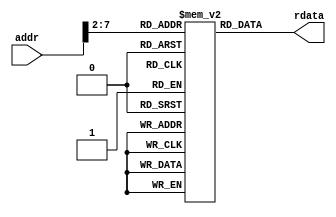
module imem (
    input  [ 7 : 0] addr,  // byte address
    output [31 : 0] rdata  // read data
);

    reg [31 : 0] RAM [63 : 0]/* verilator public */;

    initial // put the machine code of the program here.
    begin
        RAM[0]  = 32'h00000000; RAM[1]  = 32'h00000000;
        RAM[2]  = 32'h00000000; RAM[3]  = 32'h00000000;
        RAM[4]  = 32'h00000000; RAM[5]  = 32'h00000000;
        RAM[6]  = 32'h00000000; RAM[7]  = 32'h00000000;
        RAM[8]  = 32'h00000000; RAM[9]  = 32'h00000000; 
        RAM[10] = 32'h00000000; RAM[11] = 32'h00000000; 
        RAM[12] = 32'h00000000; RAM[13] = 32'h00000000;
        RAM[14] = 32'h00000000; RAM[15] = 32'h00000000;
        RAM[16] = 32'h00000000; RAM[17] = 32'h00000000;
        RAM[18] = 32'h00000000; RAM[19] = 32'h00000000;
        RAM[20] = 32'h00000000; RAM[21] = 32'h00000000;
        RAM[22] = 32'h00000000; RAM[23] = 32'h00000000;
        RAM[24] = 32'h00000000; RAM[25] = 32'h00000000;
        RAM[26] = 32'h00000000; RAM[27] = 32'h00000000;
        RAM[28] = 32'h00000000; RAM[29] = 32'h00000000;
        RAM[30] = 32'h00000000; RAM[31] = 32'h00000000;
        RAM[32] = 32'h00000000; RAM[33] = 32'h00000000;
        RAM[34] = 32'h00000000; RAM[35] = 32'h00000000;
        RAM[36] = 32'h00000000; RAM[37] = 32'h00000000;
        RAM[38] = 32'h00000000; RAM[39] = 32'h00000000;
        RAM[40] = 32'h00000000; RAM[41] = 32'h00000000;
        RAM[42] = 32'h00000000; RAM[43] = 32'h00000000;
        RAM[44] = 32'h00000000; RAM[45] = 32'h00000000;
        RAM[46] = 32'h00000000; RAM[47] = 32'h00000000;
        RAM[48] = 32'h00000000; RAM[49] = 32'h00000000;
        RAM[50] = 32'h00000000; RAM[51] = 32'h00000000;
        RAM[52] = 32'h00000000; RAM[53] = 32'h00000000;
        RAM[54] = 32'h00000000; RAM[55] = 32'h00000000;
        RAM[56] = 32'h00000000; RAM[57] = 32'h00000000;
        RAM[58] = 32'h00000000; RAM[59] = 32'h00000000;
        RAM[60] = 32'h00000000; RAM[61] = 32'h00000000;
        RAM[62] = 32'h00000000; RAM[63] = 32'h00000000;
    end

    assign rdata = RAM[addr[7:2]];

endmodule